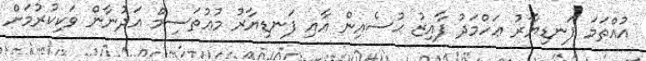
އުއްތަމަ ފަނޑިޔާރު ޢަހްމަދު ފާއިޒު ޙުސެއިން އާއި ފަނޑިޔާރު މުޢުތަސިމް އަދުނާން ވަކިކުރުމަށް